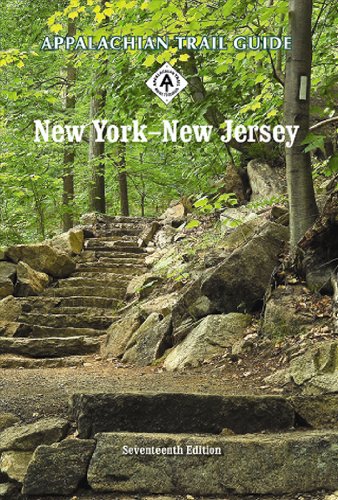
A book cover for Appalachian Trail Guide to New York-New Jersey; Sports & Outdoors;